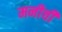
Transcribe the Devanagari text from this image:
मनीची